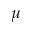
\mu